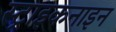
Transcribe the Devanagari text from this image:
स्ट्राइकनाइन